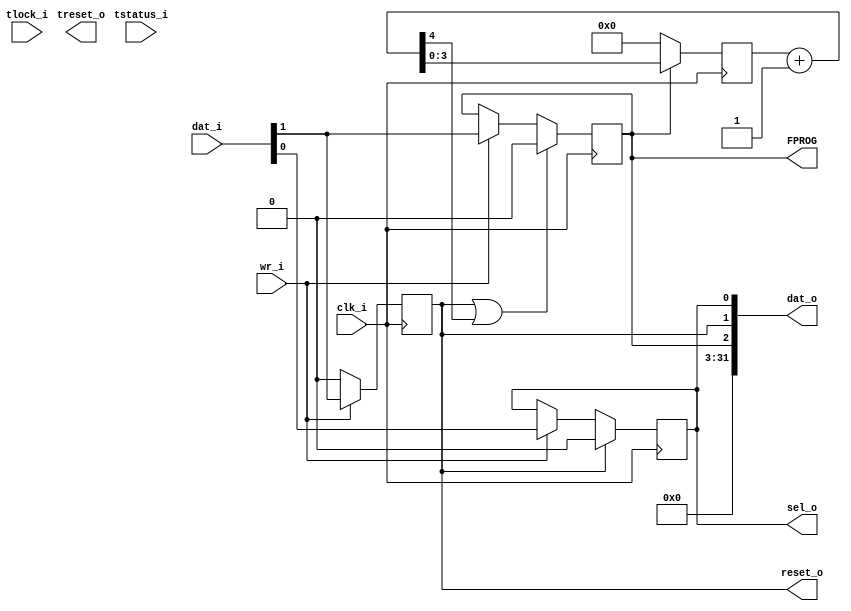
`timescale 1ns / 1ps
////////////////////////////////////////////////////////////////////////////////
// This file is a part of the Antarctic Impulsive Transient Antenna (ANITA)
// project, a collaborative scientific effort between multiple institutions. For
// more information, contact Peter Gorham (gorham@phys.hawaii.edu).
//
// All rights reserved.
//
// Author:
// Author:
////////////////////////////////////////////////////////////////////////////////

// Clock monitoring/reset module.
module CLOCKv2(
		input clk_i,
		input wr_i,
		input [31:0] dat_i,
		output [31:0] dat_o,
		input [7:0] tstatus_i,
		input tlock_i,
		output treset_o,
		output reset_o,
		output sel_o,
		output FPROG
    );

	reg clock_sel = 0;
	reg reset_reg = 0;
	reg fprog_reg = 0;
	wire reset_fprog;
	reg [3:0] counter = {4{1'b0}};
	wire [4:0] counter_plus_one = counter + 1;
	assign reset_fprog = counter_plus_one[4];
	
	always @(posedge clk_i) begin
		if (reset_o) clock_sel <= 0;
		else if (wr_i) clock_sel <= dat_i[0];
		
		if (wr_i) reset_reg <= dat_i[1];
		else reset_reg <= 0;

		if (reset_o || reset_fprog) fprog_reg <= 0;
		else if (wr_i) fprog_reg <= dat_i[1];
	
		if (!fprog_reg) counter <= {4{1'b0}};
		else if (fprog_reg) counter <= counter_plus_one;
	end
	
	// This module is basically deprecated, other than the reset output and FPROG output.
	// We don't need a TURF clock shifter anymore.
	assign FPROG = fprog_reg;
	assign sel_o = clock_sel;
	assign reset_o = reset_reg;
	assign dat_o = {{29{1'b0}},fprog_reg, reset_reg, clock_sel};

endmodule